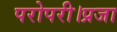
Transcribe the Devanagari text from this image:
परोपरी।प्रजा